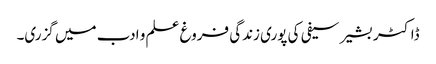
ڈاکٹر بشیر سیفی کی پوری زندگی فروغ علم و ادب میں گزری۔